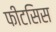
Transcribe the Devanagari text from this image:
फीटसिस